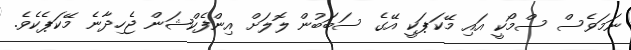
ނަމަވެސް ސްމޯކީ އައި މޭކަޕަކީ އޭގެ ސަބަބުން ލޮލަށް އިންފެކްޝަން ޖެހިދާނެ މޭކަޕެކެވެ.